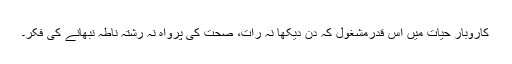
کاروبار حیات میں اس قدرمشغول کہ دن دیکھا نہ رات، صحت کی پرواہ نہ رشتہ ناطہ نبھانے کی فکر۔